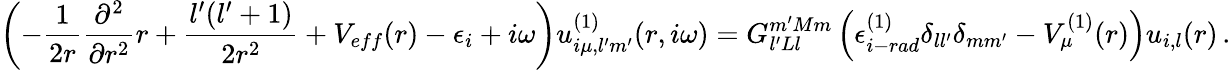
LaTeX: \left(-\frac{1}{2r}\frac{\partial^{2}}{\partial r^{2}}r+\frac{l^{\prime}(l^{\prime}+1)}{2r^{2}}+V_{eff}(r)-\epsilon_{i}+i\omega\right)u_{i\mu,l^{\prime}m^{\prime}}^{(1)}(r,i\omega)=G_{l^{\prime}Ll}^{m^{\prime}Mm}\left(\epsilon_{i-rad}^{(1)}\delta_{ll^{\prime}}\delta_{mm^{\prime}}-V_{\mu}^{(1)}(r)\right)u_{i,l}(r)\, .